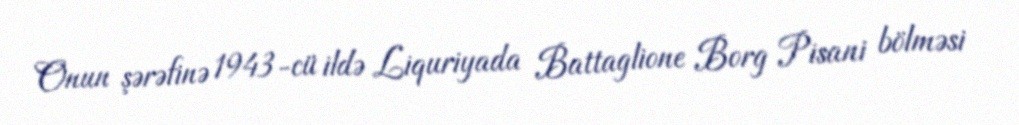
Onun şərəfinə 1943-cü ildə Liquriyada Battaglione Borg Pisani bölməsi